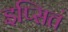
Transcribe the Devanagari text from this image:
इप्सितं